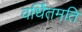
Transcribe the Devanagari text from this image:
वर्धितमति